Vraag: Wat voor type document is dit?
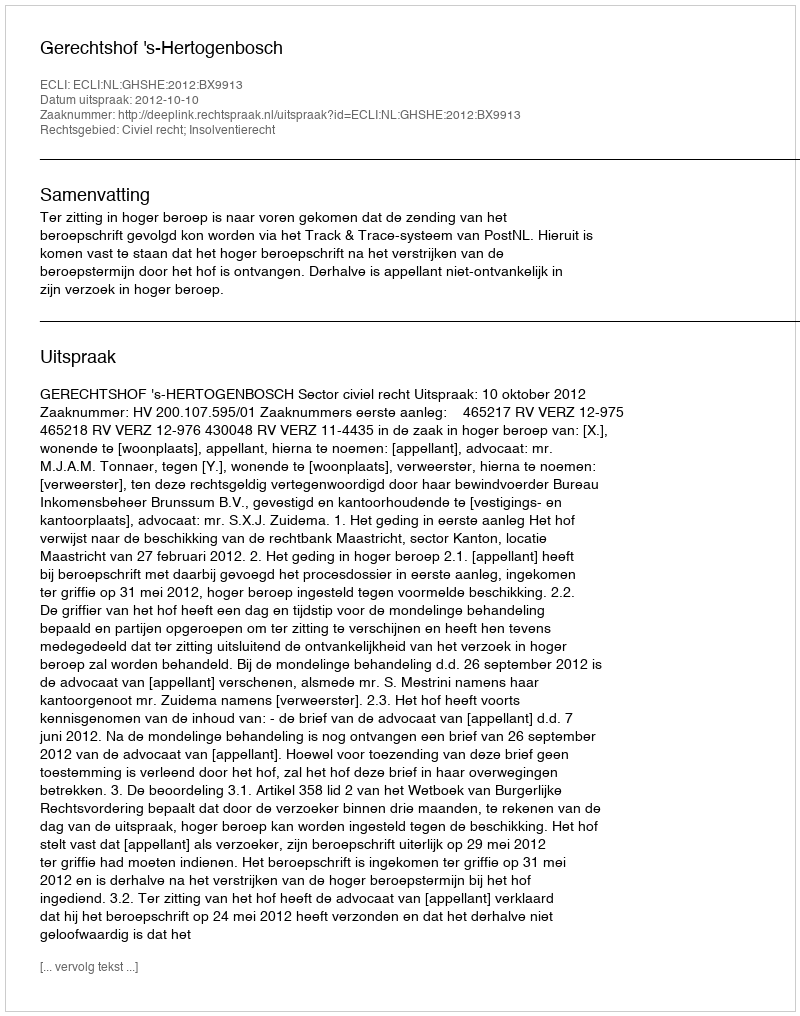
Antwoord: Uitspraak